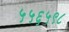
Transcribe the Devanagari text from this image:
५५६५९८